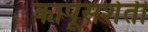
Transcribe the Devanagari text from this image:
कापूसशेती